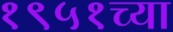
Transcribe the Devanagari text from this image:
१९५१च्या